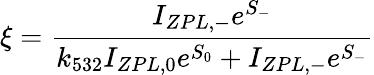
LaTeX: \xi=\frac{I_{ZPL,-}e^{S_{-}}}{k_{532}I_{ZPL,0}e^{S_{0}}+I_{ZPL,-}e^{S_{-}}}